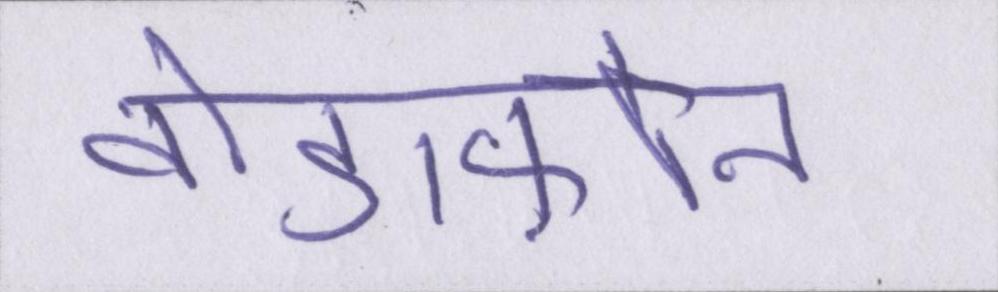
वोडाफ़ोन